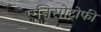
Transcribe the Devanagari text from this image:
एनिसोट्रोफी